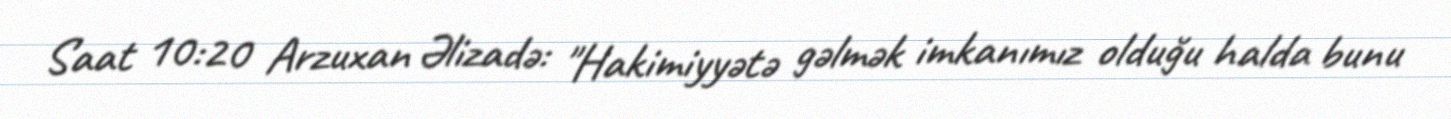
Saat 10:20 Arzuxan Əlizadə: "Hakimiyyətə gəlmək imkanımız olduğu halda bunu